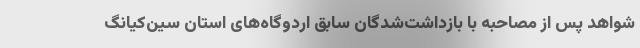
شواهد پس از مصاحبه با بازداشت‌شدگان سابق اردوگاه‌های استان سین‌کیانگ